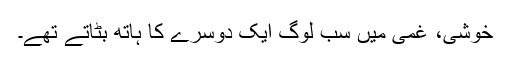
خوشی، غمی میں سب لوگ ایک دوسرے کا ہاتھ بٹاتے تھے۔